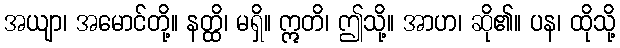
အယျာ၊ အမောင်တို့။ နတ္ထိ၊ မရှိ။ ဣတိ၊ ဤသို့။ အာဟ၊ ဆို၏။ ပန၊ ထိုသို့